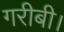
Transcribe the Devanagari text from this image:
गरीबी।